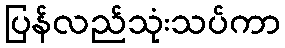
ပြန်လည်သုံးသပ်ကာ